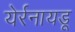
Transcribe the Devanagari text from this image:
येर्रनायडू